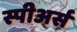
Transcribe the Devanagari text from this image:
स्पीअर्स